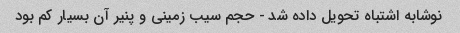
نوشابه اشتباه تحویل داده شد - حجم سیب زمینی و پنیر آن بسیار کم بود